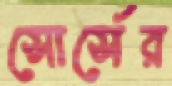
সোর্সের